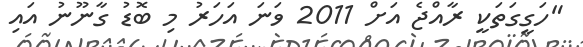
"ހަގީގަތަކީ ރާއްޖެ އަށް 2011 ވަނަ އަހަރު މި ބޮޑު ގާނޫނު އައި